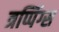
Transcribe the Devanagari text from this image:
त्रप्पिंग्स